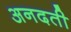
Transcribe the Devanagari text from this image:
अनदती